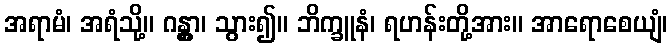
အရာမံ၊ အရံသို့။ ဂန္တွာ၊ သွား၍။ ဘိက္ခူနံ၊ ရဟန်းတို့အား။ အာရောစေယျံ၊